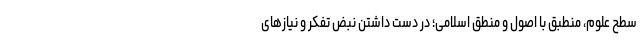
سطح علوم، منطبق با اصول و منطق اسلامی؛ در دست داشتن نبض تفکر و نیازهای